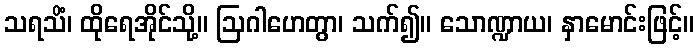
သရသိံ၊ ထိုရေအိုင်သို့။ ဩဂါဟေတွာ၊ သက်၍။ သောဏ္ဍာယ၊ နှာမောင်းဖြင့်။